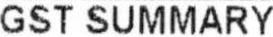
GST SUMMARY